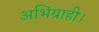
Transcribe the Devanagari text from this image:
अभिग्राही।